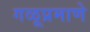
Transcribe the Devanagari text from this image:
गळूप्रमाणे